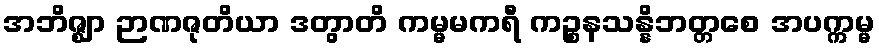
အဘိဇ္ဈာ ဉာဏဇုတိယာ ဒတွာတိ ကမ္မမကရီ ကဉ္စနသန္နိဘတ္တစေ အပက္ကမ္မ